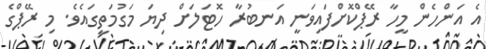
އެ އަންހެން މީހާ ރޭޕްކޮށްފައިވަނީ އަނބުރާ ހޮޓަލަށް ދިޔަ މަގުމަތީގައެވެ. މި ރޭޕްގެ